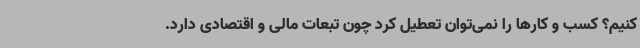
کنیم؟ کسب و کارها را نمی‌توان تعطیل کرد چون تبعات مالی و اقتصادی دارد.